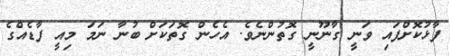
ފާޅުކޮށްފައި ވަނީ ގާނޫނީ ގޮތުންނެވެ. އެހެން ގޮތަކަށް ބުނާ ނަމަ މިއީ ފާޑެއްގެ